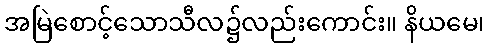
အမြဲစောင့်သောသီလ၌လည်းကောင်း။ နိယမေ၊